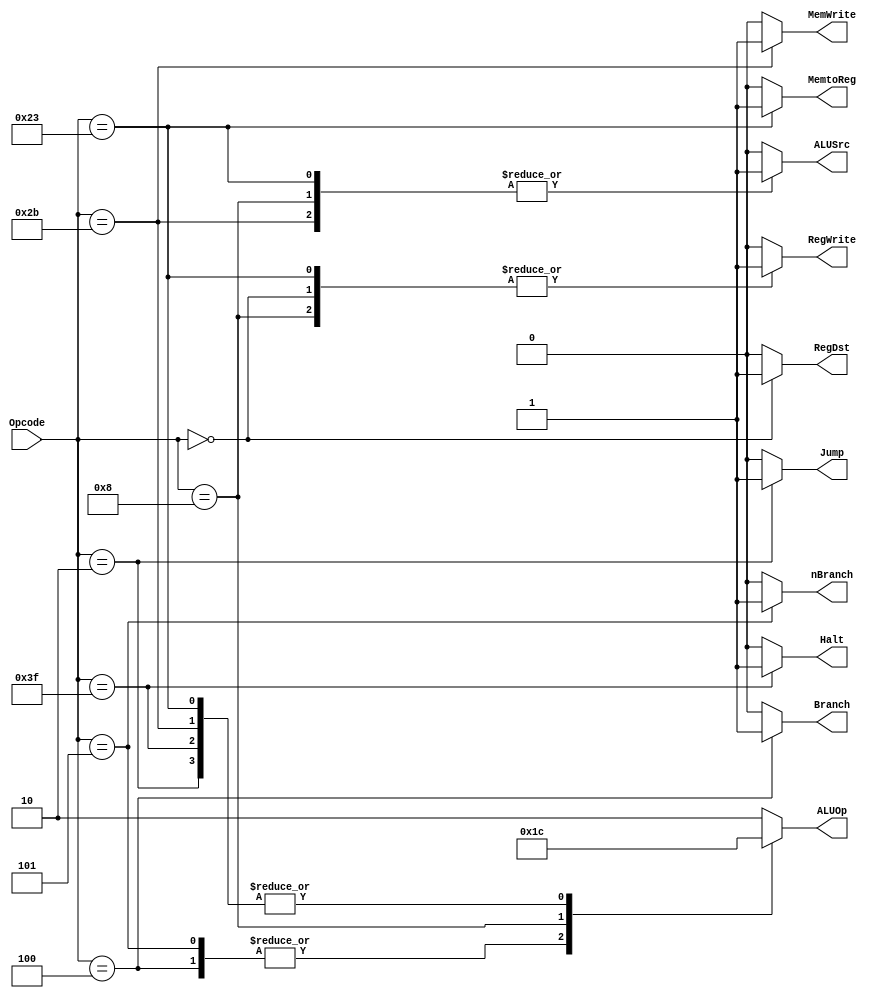
module control_signal(input [5:0] Opcode,output reg [0:0] RegDst,output reg [0:0] Jump,output reg [0:0] Branch, output reg nBranch, output reg [0:0] MemWrite,output reg [0:0] MemtoReg,output reg [1:0] ALUOp,output reg [0:0] ALUSrc,output reg [0:0] RegWrite, output reg Halt);
always @(*)
case (Opcode)
 6'b000000 : begin // R - type
    RegDst = 1'b1; //chooses if the write register is rt or rd
    Jump = 1'b0; //decides whether to jump or not
    Branch = 1'b0; //chooses if beq_branch is taken or not
    nBranch = 1'b0; //chooses if bne_branch is taken or not
    MemtoReg= 1'b0; //chooses b/w read data from data memory and ALU result
    ALUOp = 2'b10; //goes in ALU control
    MemWrite= 1'b0; //Data memory contents replaced by value of Write data input 
    ALUSrc = 1'b0;  //Decides for second ALU operand
    RegWrite= 1'b1; //Write register written with Write data input
    Halt = 1'b0; //Halts the program
end
 6'b100011 : begin // lw - load word
    RegDst = 1'b0;
    Jump = 1'b0;
    Branch = 1'b0;
    nBranch = 1'b0;
    MemtoReg= 1'b1;
    ALUOp = 2'b00;
    MemWrite= 1'b0;
    ALUSrc = 1'b1;
    RegWrite= 1'b1;
    Halt = 1'b0;
    end
 6'b101011 : begin // sw - store word
     RegDst = 1'b0;
     Jump = 1'b0;
     Branch = 1'b0;
     nBranch = 1'b0;
      ALUOp = 2'b00;
      MemtoReg = 1'b0;
      MemWrite= 1'b1;
     ALUSrc = 1'b1;
     RegWrite= 1'b0;
     Halt = 1'b0;
    end
 6'b000100 : begin // beq - branch if equal
     RegDst = 1'b0;
     Jump = 1'b0;
     Branch = 1'b1;
     nBranch = 1'b0;
     MemtoReg= 1'b0;
     ALUOp = 2'b01;
     MemWrite= 1'b0;
     ALUSrc = 1'b0;
     RegWrite= 1'b0;
     Halt = 1'b0;
    end
    
    6'b000101 : begin // bne - branch not equal
     RegDst = 1'b0;
     Jump = 1'b0;
     Branch = 1'b0;
     nBranch = 1'b1;
     MemtoReg= 1'b0;
     ALUOp = 2'b01;
     MemWrite= 1'b0;
     ALUSrc = 1'b0;
     RegWrite= 1'b0;
     Halt = 1'b0;
    end

 6'b001000 : begin // ADI - ADD immidiate
     RegDst = 1'b0;
     ALUSrc = 1'b1;
     MemtoReg= 1'b0;
     RegWrite= 1'b1;
     MemWrite= 1'b0;
     Branch = 1'b0;
     nBranch = 1'b0;
     ALUOp = 2'b11;
     Jump = 1'b0;
     Halt = 1'b0;
    end

 6'b000010 : begin // j - Jump
     RegDst = 1'b0;
     ALUSrc = 1'b0;
     MemtoReg= 1'b0;
     RegWrite= 1'b0;
     MemWrite= 1'b0;
     Branch = 1'b0;
     nBranch = 1'b0;
     ALUOp = 2'b00;
     Jump = 1'b1;
     Halt = 1'b0;
    end
    
6'b111111 : begin// hlt
  RegDst = 1'b0;
     ALUSrc = 1'b0;
     MemtoReg= 1'b0;
     RegWrite= 1'b0;
     MemWrite= 1'b0;
     Branch = 1'b0;
     nBranch = 1'b0;
     ALUOp = 2'b00;
     Jump = 1'b0;
     Halt = 1'b1;
end
 default : begin 
     RegDst = 1'b0;
     ALUSrc = 1'b0;
     MemtoReg= 1'b0;
     RegWrite= 1'b0;
     MemWrite= 1'b0;
     Branch = 1'b0;
     nBranch = 1'b0;
     ALUOp = 2'b10;
     Jump = 1'b0;
     Halt = 1'b0;
    end
endcase
endmodule